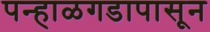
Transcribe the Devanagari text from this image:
पन्हाळगडापासून